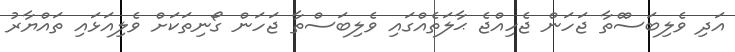
އަދި ވެލިބަަސްްތާ ޖަހަން ޖެހިއްޖެ ޙާލަތެއްގައި ވެލިބަސްތާ ޖަހަން ގޯނިތަކަށް ވެލިއަަޅައި ތައްޔާރު